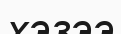
хэзээ